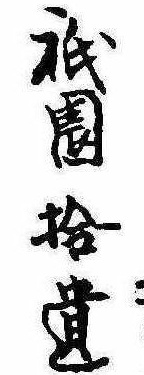
祇園拾遺